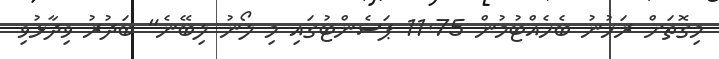
މިގޮތަށް ރަހުނު ބެހެއްޓުމުން 11.75 ޕަސެންޓުގައި މި ލޯނު ލިބޭނެ" ބަދުރު ވިދާޅުވި